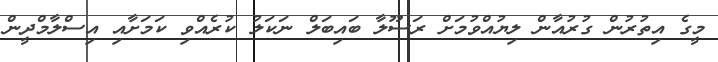
މީގެ އިތުރުން ގުރުއާން ލިޔުއްވުމަށް ރަސޫލާ ބައިބަލް ނަކަލު ކުރެއްވި ކަމަށާއި އިސްލާމްދީން